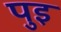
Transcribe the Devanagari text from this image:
पुइ